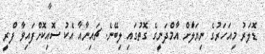
ޑޮލަރު މިއަހަރުގެ ނިޔަލަާށް އާމްދަނީގެ ގޮތުގައި ލިބޭނެ. ޗައިނާއާ އެކު ސޮއިކޮށްފައިވާ ފްރީ